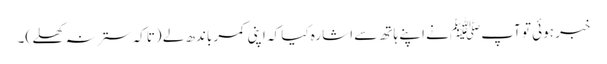
خبر ہوئی تو آپﷺ نے اپنے ہاتھ سے اشارہ کیا کہ اپنی کمر باندھ لے (تاکہ ستر نہ کھلے )۔